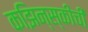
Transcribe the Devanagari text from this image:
कझिन्स्कीची